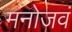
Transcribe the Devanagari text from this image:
मनोजवं